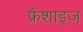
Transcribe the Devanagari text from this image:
फ्रैंशाइज